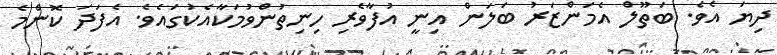
ދިޔަ އެވެ. ބަތޫލް އެމަންޒަރު ބަލަން އިނީ އުފާވެރި ހިނިތުންވުމަކާއެކުގައެވެ. އެފަދަ ކޮންމެ